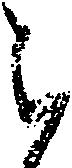
被